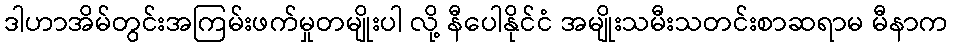
ဒါဟာအိမ်တွင်းအကြမ်းဖက်မှုတမျိုးပါ လို့ နီပေါနိုင်ငံ အမျိုးသမီးသတင်းစာဆရာမ မီနာက